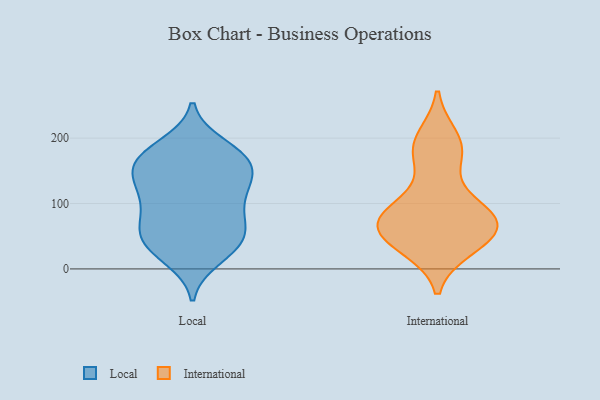
{"axis": {"x": "Operating Costs (USD K)", "y": "Value"}, "legend": ["International", "Local"], "data": [{"x": "", "y": 46, "type": "Local"}, {"x": "", "y": 112, "type": "Local"}, {"x": "", "y": 17, "type": "Local"}, {"x": "", "y": 174, "type": "Local"}, {"x": "", "y": 128, "type": "Local"}, {"x": "", "y": 177, "type": "Local"}, {"x": "", "y": 56, "type": "Local"}, {"x": "", "y": 129, "type": "Local"}, {"x": "", "y": 164, "type": "Local"}, {"x": "", "y": 188, "type": "Local"}, {"x": "", "y": 164, "type": "Local"}, {"x": "", "y": 31, "type": "Local"}, {"x": "", "y": 47, "type": "Local"}, {"x": "", "y": 159, "type": "Local"}, {"x": "", "y": 33, "type": "Local"}, {"x": "", "y": 147, "type": "Local"}, {"x": "", "y": 83, "type": "Local"}, {"x": "", "y": 121, "type": "Local"}, {"x": "", "y": 71, "type": "Local"}, {"x": "", "y": 84, "type": "Local"}, {"x": "", "y": 63, "type": "International"}, {"x": "", "y": 82, "type": "International"}, {"x": "", "y": 92, "type": "International"}, {"x": "", "y": 81, "type": "International"}, {"x": "", "y": 48, "type": "International"}, {"x": "", "y": 34, "type": "International"}, {"x": "", "y": 191, "type": "International"}, {"x": "", "y": 33, "type": "International"}, {"x": "", "y": 200, "type": "International"}, {"x": "", "y": 63, "type": "International"}, {"x": "", "y": 96, "type": "International"}, {"x": "", "y": 59, "type": "International"}, {"x": "", "y": 166, "type": "International"}, {"x": "", "y": 68, "type": "International"}, {"x": "", "y": 180, "type": "International"}]}